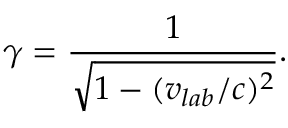
\gamma = \frac { 1 } { \sqrt { 1 - ( v _ { l a b } / c ) ^ { 2 } } } .